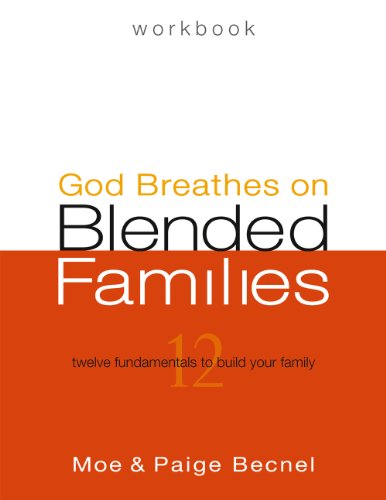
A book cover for God Breathes on Blended Families Workbook - Second Edition; Moe Becnel; Parenting & Relationships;